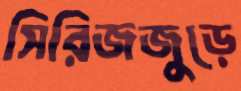
সিরিজজুড়ে